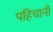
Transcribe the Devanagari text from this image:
पहिचानी